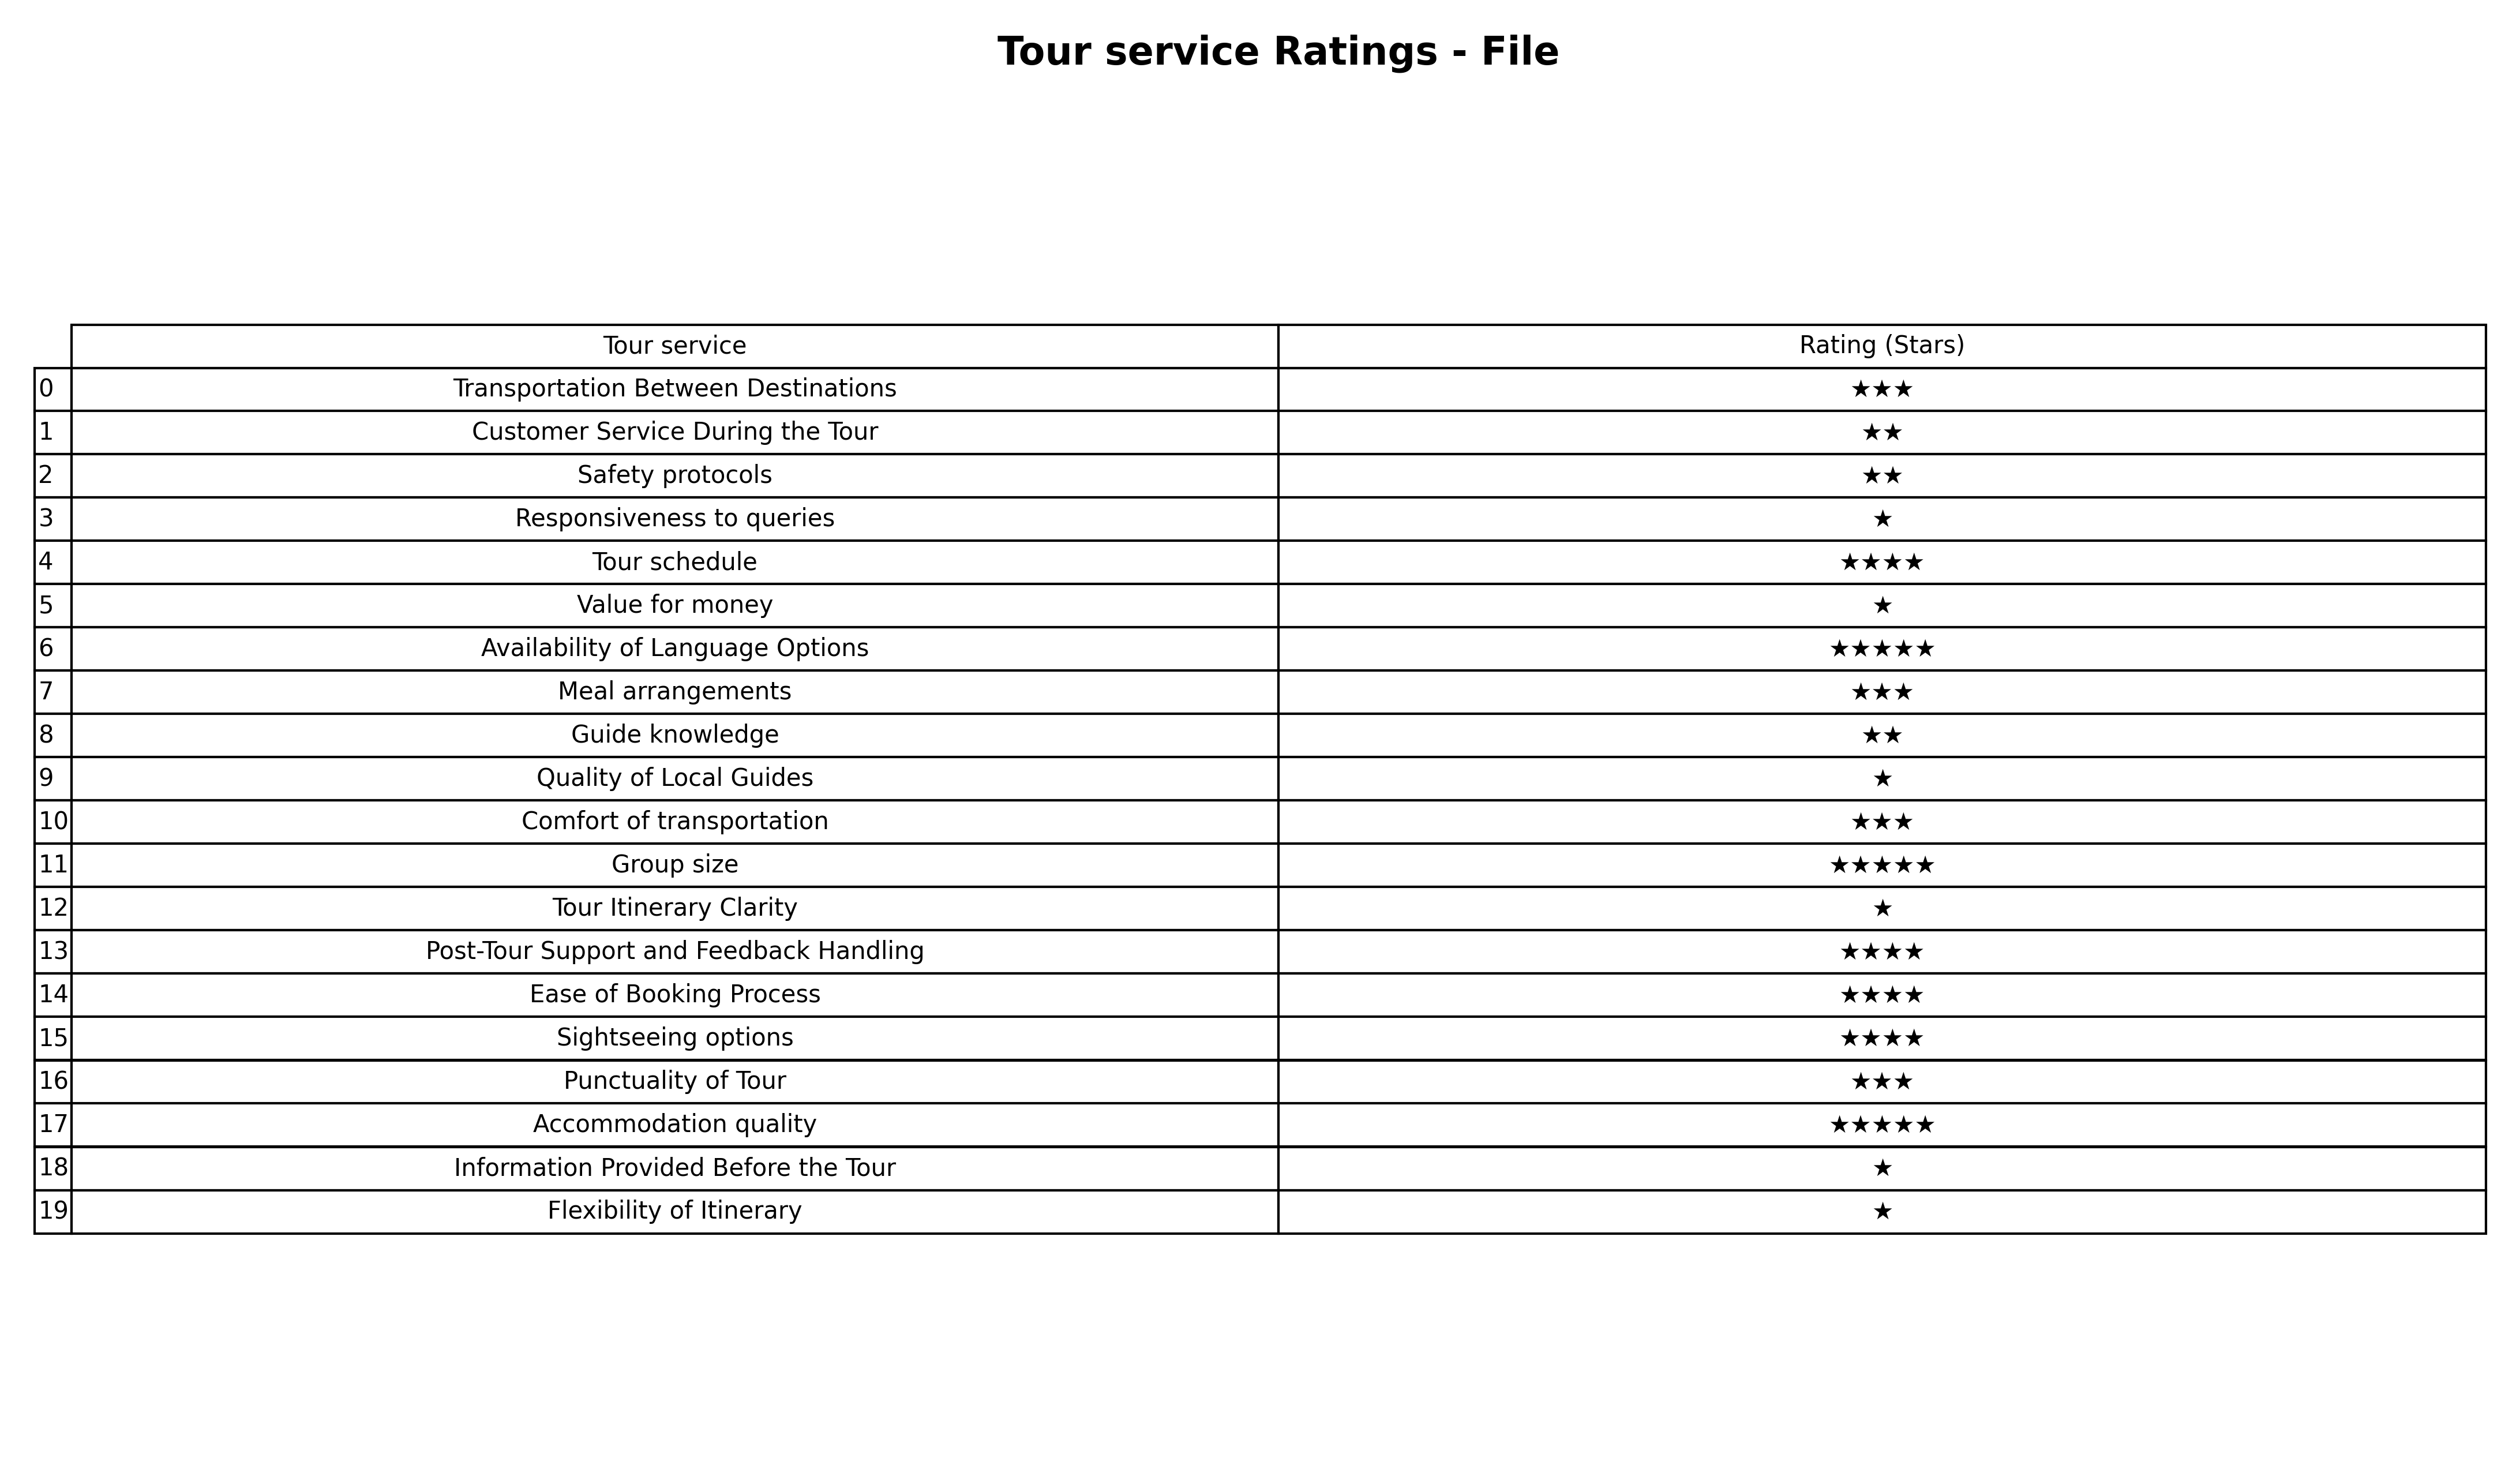
question: What are three star services?
answer: Transportation Between DestinationsMeal arrangementsComfort of transportationPunctuality of Tour